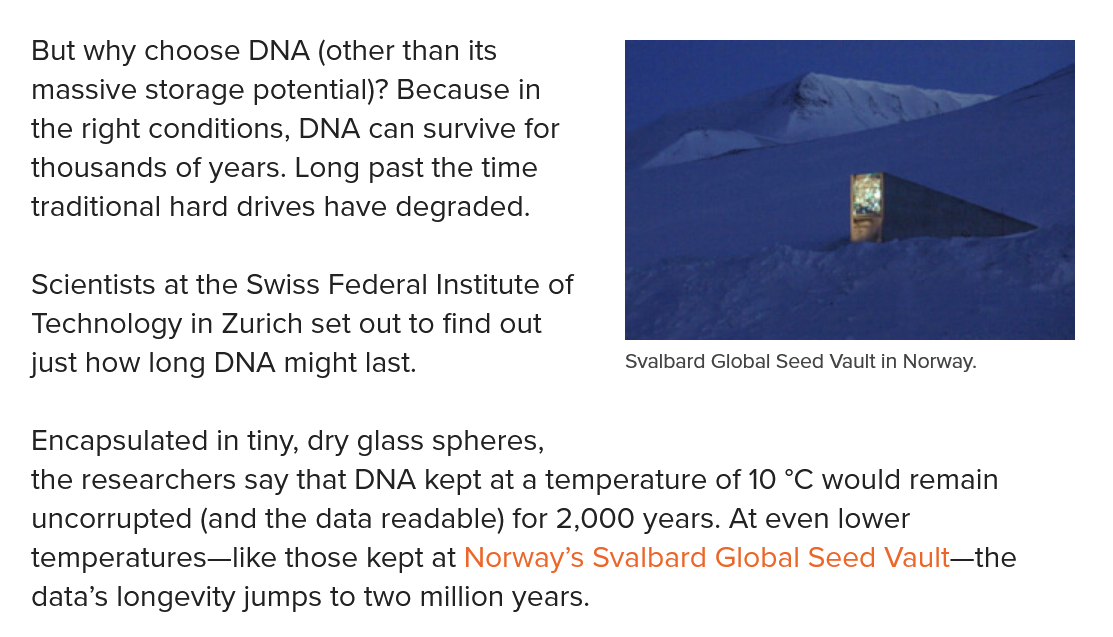
Svalbard Global Seed Vault in Norway.
   But why choose DNA (other than its
   massive storage potential)? Because in
  the right conditions, DNA can survive for
  thousands of years. Long past the time
  traditional hard drives have degraded.
   Scientists at the Swiss Federal Institute of
   Technology in Zurich set out to find out
  just how long DNA might last.
   Encapsulated in tiny, dry glass spheres,
  the researchers say that DNA kept at a temperature of 10 °C would remain
   uncorrupted (and the data readable) for 2,000 years. At even lower
  temperatures—like those kept at Norway’s Svalbard Global Seed Vault—the
   data’s longevity jumps to two million years.